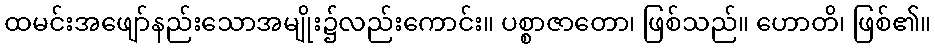
ထမင်းအဖျော်နည်းသောအမျိုး၌လည်းကောင်း။ ပစ္စာဇာတော၊ ဖြစ်သည်။ ဟောတိ၊ ဖြစ်၏။